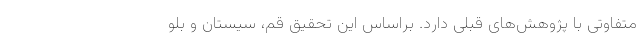
متفاوتی با پژوهش‌های قبلی دارد. براساس این تحقیق قم، سیستان و بلو